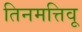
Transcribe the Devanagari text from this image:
तिनमत्तिवू